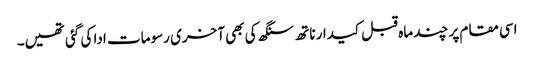
اسی مقام پر چند ماہ قبل کیدار ناتھ سنگھ کی بھی آخری رسومات ادا کی گئی تھیں۔